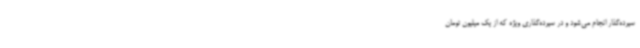
سپرده‌گذار انجام می‌شود و در سپرده‌گذاری ویژه که از یک میلیون تومان